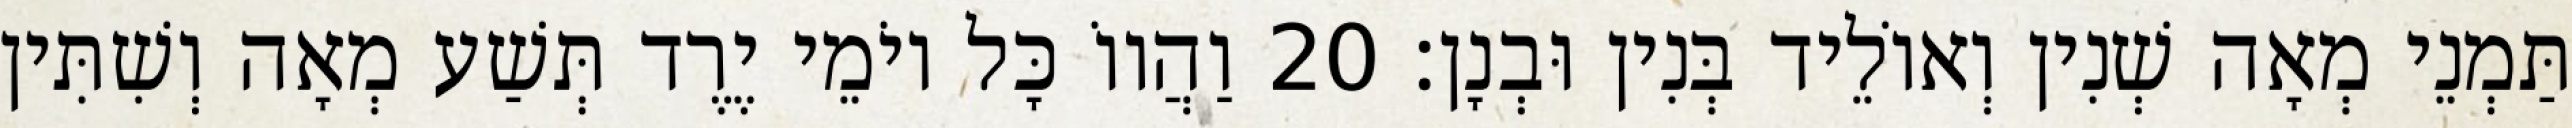
תַּמְנֵי מְאָה שְׁנִין וְאוֹלֵיד בְּנִין וּבְנָן׃ 20 וַהֲווֹ כָּל יוֹמֵי יֶרֶד תְּשַׁע מְאָה וְשִׁתִּין